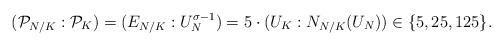
LaTeX: \begin{align*}(\mathcal{P}_{N/K}:\mathcal{P}_K) = (E_{N/K}:U_N^{\sigma - 1}) = 5\cdot (U_K:N_{N/K}(U_N)) \in \lbrace 5,25,125\rbrace.\end{align*}